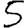
Digit: 5